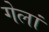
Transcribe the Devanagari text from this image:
गेलां